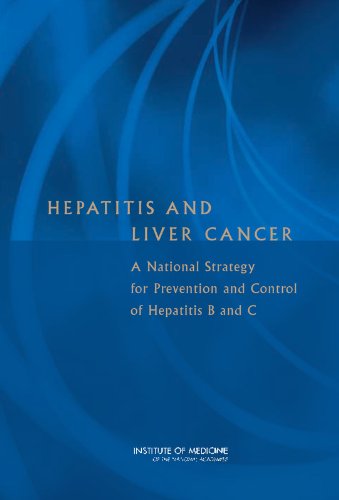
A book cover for Hepatitis and Liver Cancer:: A National Strategy for Prevention and Control of Hepatitis B and C; Committee on the Prevention and Control of Viral Hepatitis
Infection; Health, Fitness & Dieting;